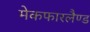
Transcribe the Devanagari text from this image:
मेकफारलैण्ड